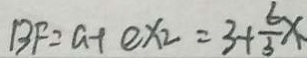
B F = a + e x _ { 2 } = 3 + \frac { 6 } { 3 } x